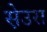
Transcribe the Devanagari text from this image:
स़ेउस